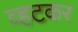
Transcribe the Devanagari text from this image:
व्हटकर